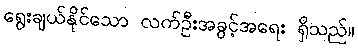
ရွေးချယ်နိုင်သော လက်ဦးအခွင့်အရေး ရှိသည်။